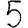
Digit: 5